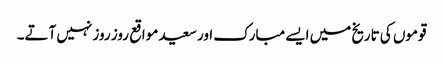
قوموں کی تاریخ میں ایسے مبارک اور سعید مواقع روز روز نہیں آتے۔